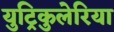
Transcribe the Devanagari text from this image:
युट्रिकुलेरिया